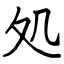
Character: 処